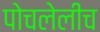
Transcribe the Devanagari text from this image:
पोचलेलीच